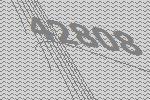
42808